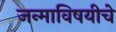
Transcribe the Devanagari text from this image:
जन्माविषयीचे